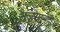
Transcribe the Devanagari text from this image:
नजरेतूनही